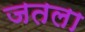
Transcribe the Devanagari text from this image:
जतला